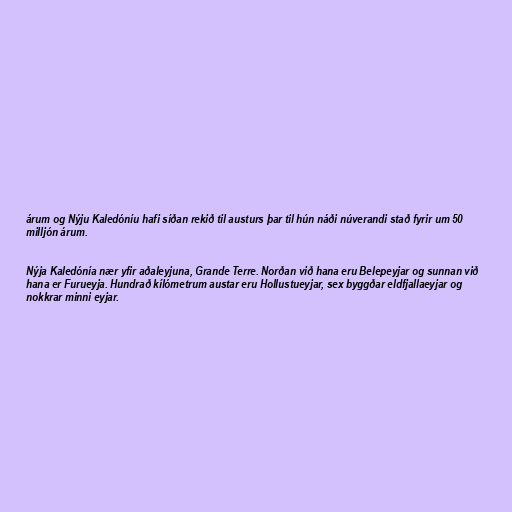
árum og Nýju Kaledóníu hafi síðan rekið til austurs þar til hún náði núverandi stað fyrir um 50
milljón árum.

Nýja Kaledónía nær yfir aðaleyjuna, Grande Terre. Norðan við hana eru Belepeyjar og sunnan við
hana er Furueyja. Hundrað kílómetrum austar eru Hollustueyjar, sex byggðar eldfjallaeyjar og
nokkrar minni eyjar.